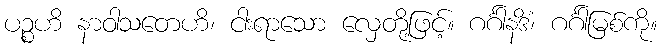
ပဉ္စဟိ နာဝါသတေဟိ၊ ငါးရာသော လှေတို့ဖြင့်။ ဂင်္ဂါနဒိံ၊ ဂင်္ဂါမြစ်ကို။